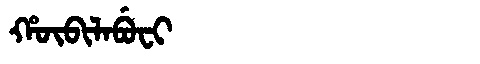
Manchu: ᡥᡡᠪᡳᠯᠠᠪᡠᠸᡳ
Romanization: HŪBILABUFI